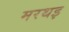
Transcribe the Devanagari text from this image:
मरथइ